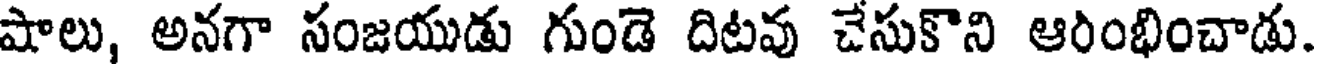
షాలు, అనగా సంజయుడు గుండె దిటవు చేసుకొని ఆరింభించాడు.